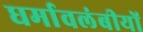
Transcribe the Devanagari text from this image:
धर्मावलंबीयों